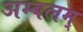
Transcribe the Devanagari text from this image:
अम्बलम्